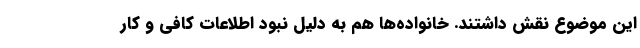
این موضوع نقش داشتند. خانواده‌ها هم به دلیل نبود اطلاعات کافی و کار